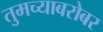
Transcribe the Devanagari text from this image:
तुमच्याबरोबर